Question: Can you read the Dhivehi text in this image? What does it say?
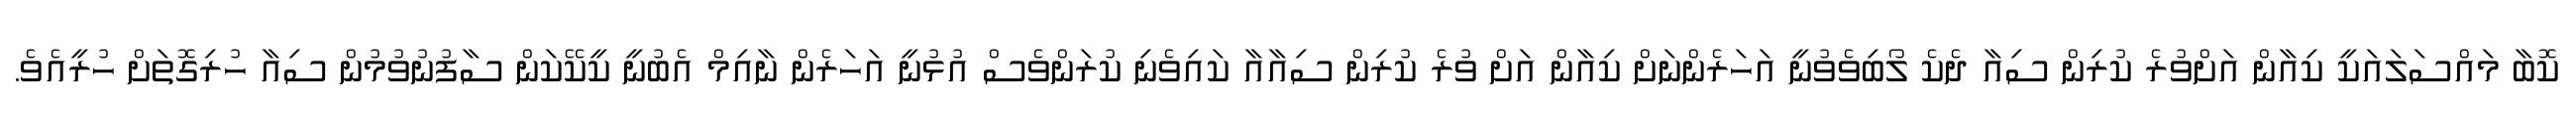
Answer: ކޮބާ މައްސަލައަކީ ކިއާން އަށްވުރެ ކުރިން ސިއާ ދެކެ ލޯބިވެވުނީ އަހަރެންނަށް ކިއާން އަށް ވުރެ ކުރިން ސިއާއާ ކައިވެނި ކުރަންވެސް އުޅުނީ އަހަރެން ނާއިމް އެބުނީ ކީކޭކަން ސާފުނުވުމުން ސިއާ ހުރިގޮތަށް ހުރީއެވެ.